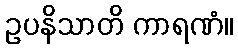
ဥပနိသာတိ ကာရဏံ။